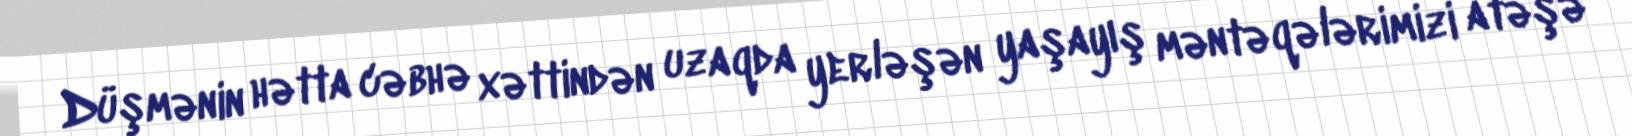
Düşmənin hətta cəbhə xəttindən uzaqda yerləşən yaşayış məntəqələrimizi atəşə